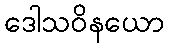
ဒေါသဝိနယော